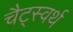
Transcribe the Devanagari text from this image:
चैट्स्वर्थ